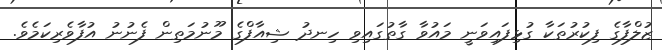
ޒުލްފާގެ ފިކުރުތަކާ ގުޅިފައިވަނީ މައުވާ ގާތުގައިވި ހިނދު ޝިއާފްގެ މޫނުމަތިން ފެނުނު އުފާވެރިކަމެވެ.